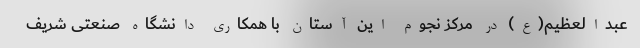
عبدالعظیم(ع) در مرکز نجوم این آستان با همکاری دانشگاه صنعتی شریف